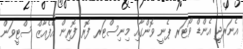
އެނަރޖީ އެންޑް ވޯޓަރ ޕެނީ ވޮންގާއި މިނިސްޓަރ ފޮރ ފޮރިން އެފެއާޒް ސްޓީވަން